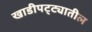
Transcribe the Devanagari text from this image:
खाडीपट्ट्यातील